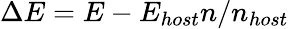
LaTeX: \Delta E=E-E_{host}n/n_{host}